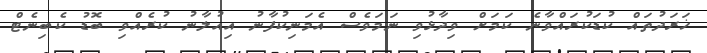
ޚަރަދުތައް ކުޑަކުރައްވާނެ ކަމަށް ވިދާޅުވި ނަމަވެސް އެމަނިކުފާނު އިއުލާނު ކުރެއްވި ބޮޑު ކެބިނެޓް